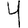
Digit: 4